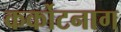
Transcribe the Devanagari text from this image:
कर्कोटनाग